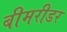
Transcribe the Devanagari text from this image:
बीमरीडर